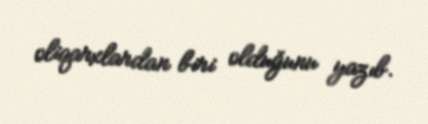
oliqarxlardan biri olduğunu yazıb.